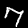
Digit: 7